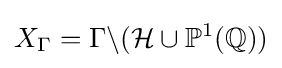
X_{\Gamma }=\Gamma \backslash ({\mathcal {H}}\cup \mathbb {P} ^{1}(\mathbb {Q} ))